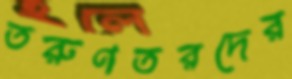
তরুণতরদের